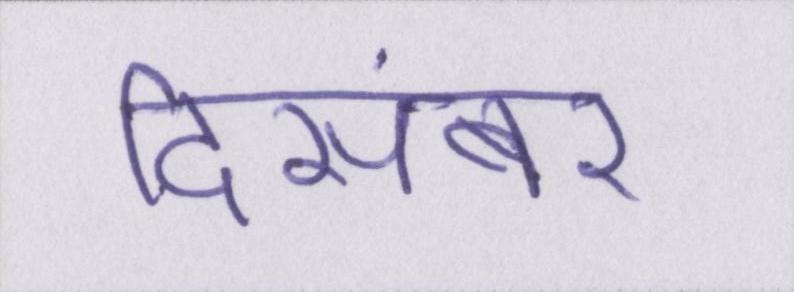
दिसंबर